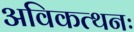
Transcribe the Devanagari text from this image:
अविकत्थनः